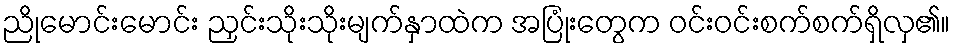
ညိုမောင်းမောင်း ညှင်းသိုးသိုးမျက်နှာထဲက အပြုံးတွေက ဝင်းဝင်းစက်စက်ရှိလှ၏။